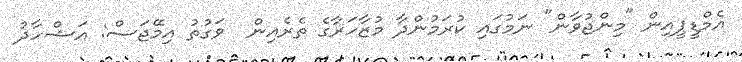
އެމްޑީޕީއިން "މިންޖުވާން" ނަމުގައި ކުރަމުންދާ މުޒާހަރާގެ ތެރެއިން  ވަގުތު އިމޭޖަސް: އަޝްހާދު